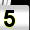
Digit: 5